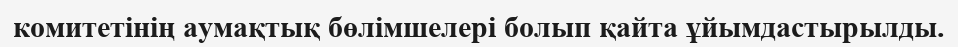
комитетінің аумақтық бөлімшелері болып қайта ұйымдастырылды.